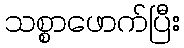
သစ္စာဖောက်ပြီး